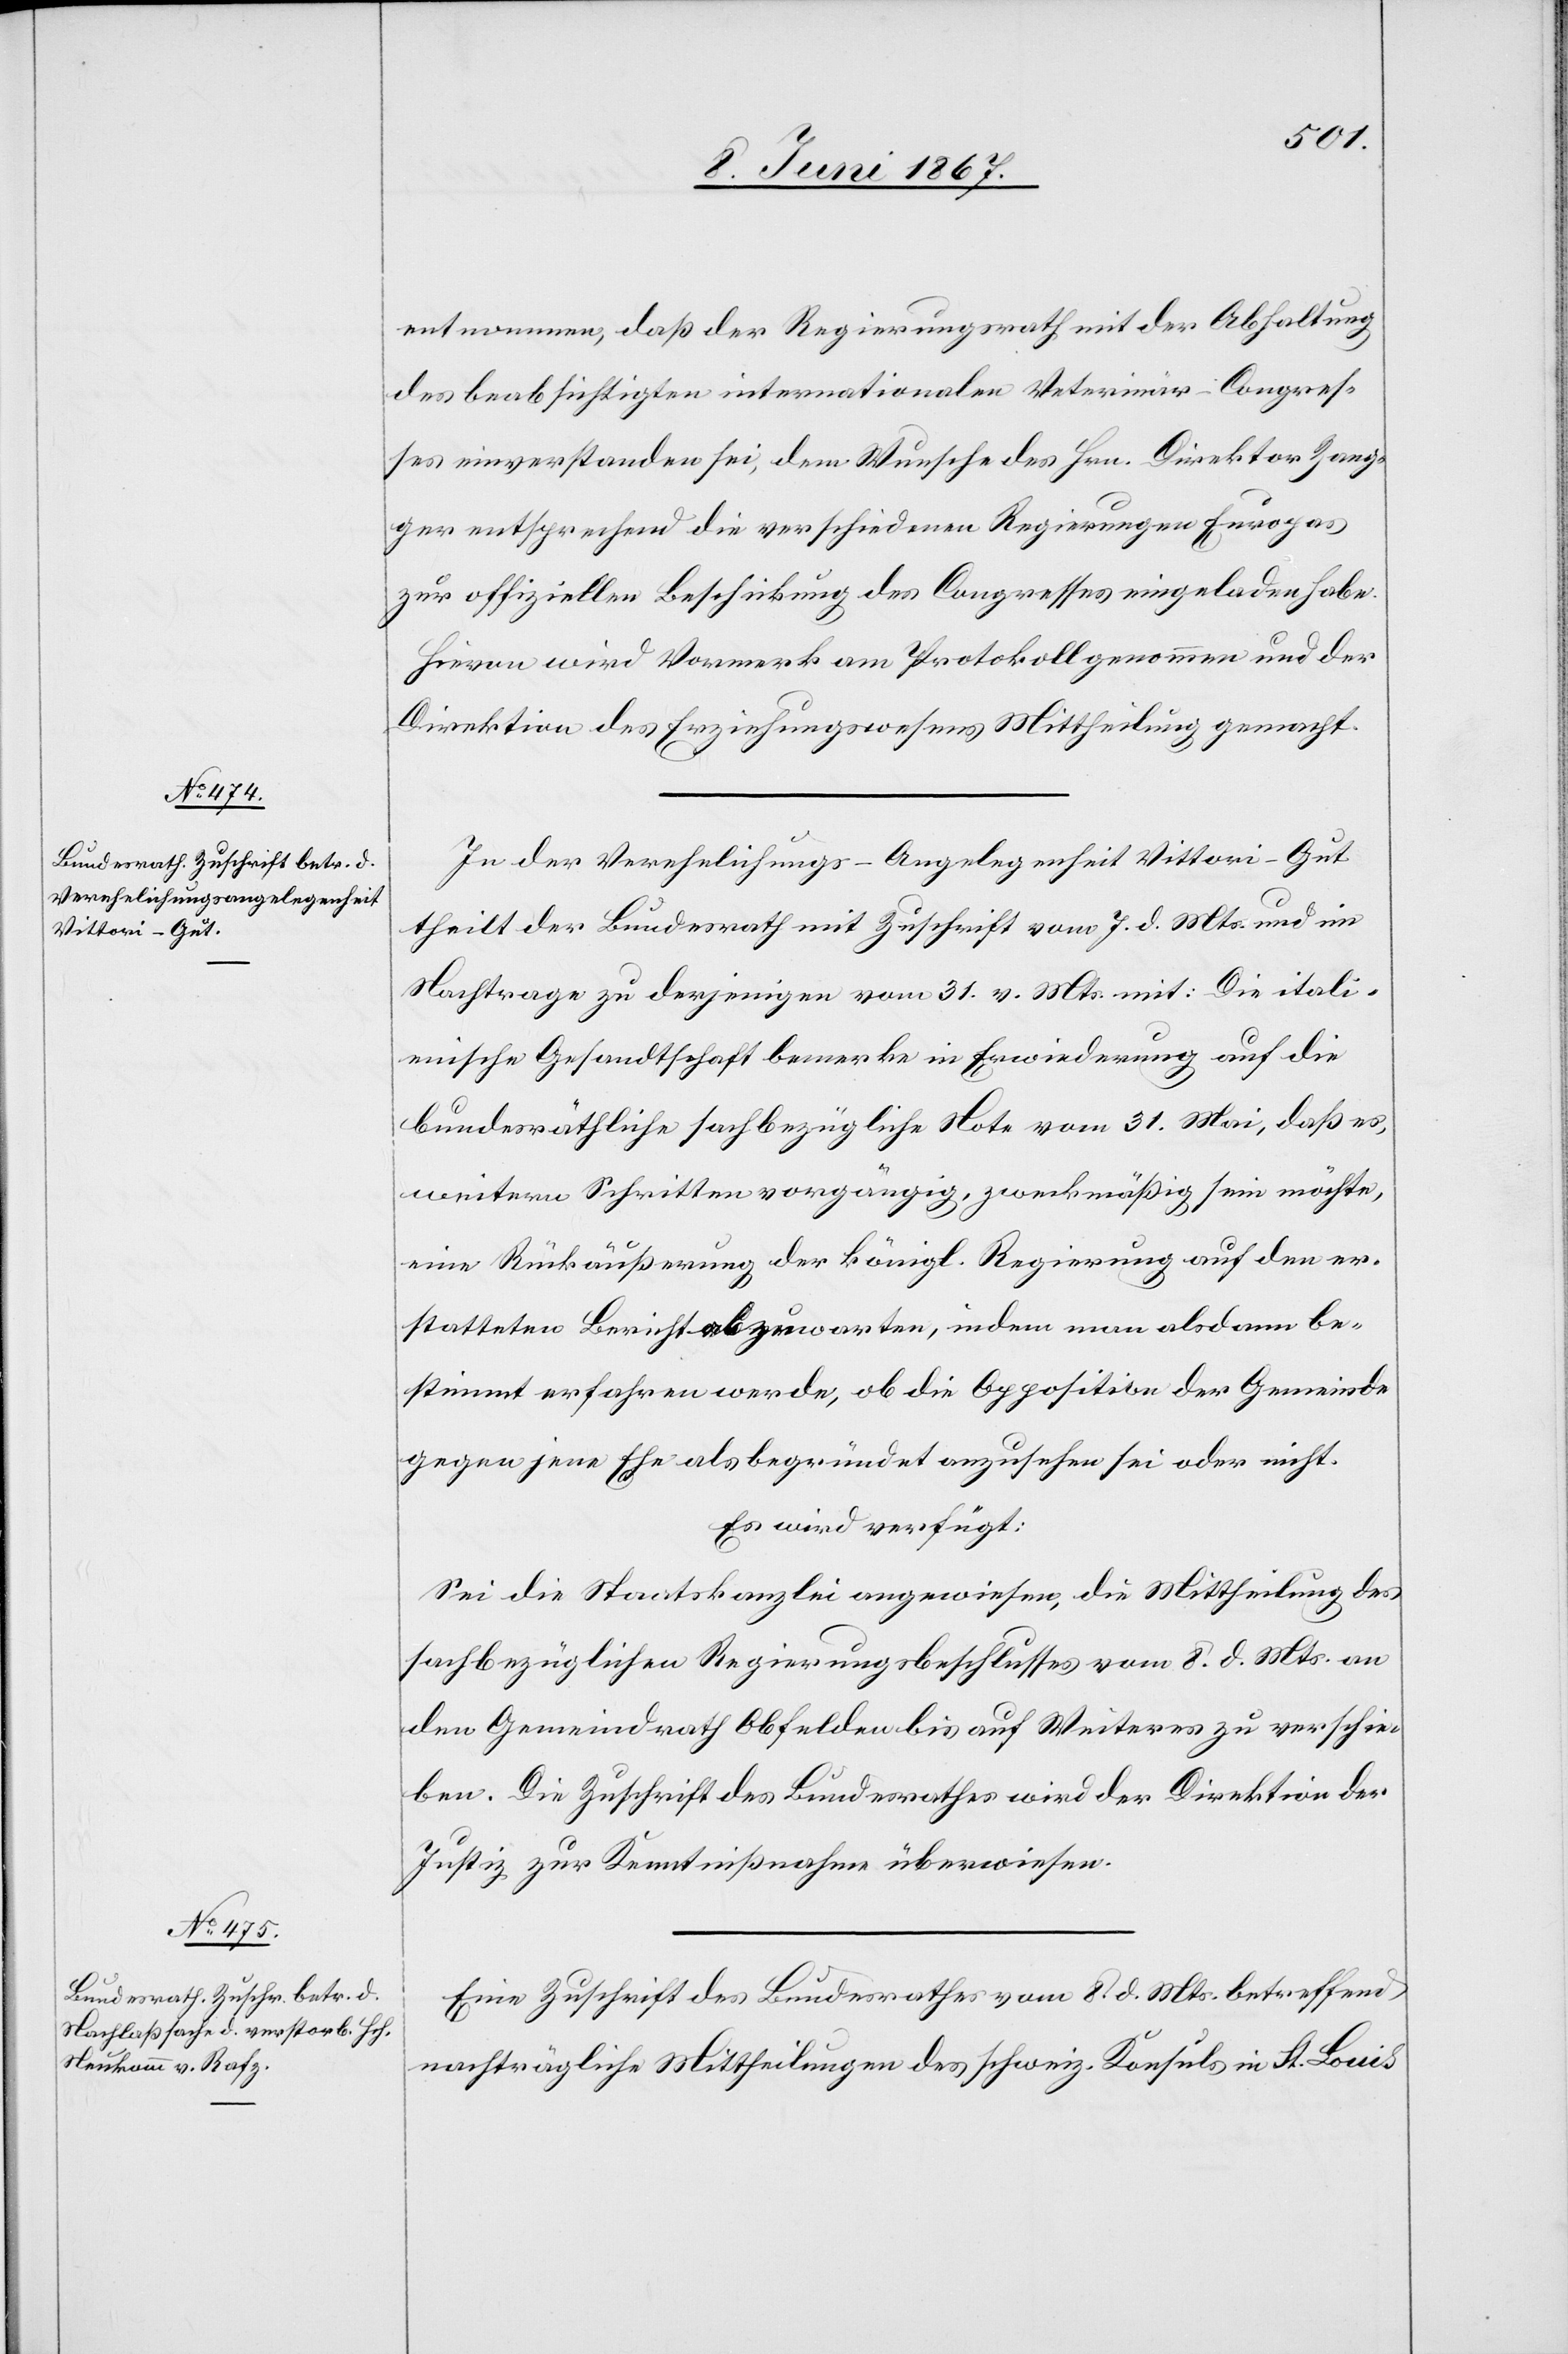
11. Juni 1867.]
entnommen, daß der Regierungsrath mit der Abhaltung
des beabsichtigten internationalen Veterinär-Congres¬
ses einverstanden sei, dem Wunsche des Hrn. Direktor Zang¬
ger entsprechend die verschiedenen Regierungen Europas
zur offiziellen Beschickung des Congresses eingeladen habe.
Hievon wird Vormerk am Protokoll genommen und der
Direktion des Erziehungsrathes Mittheilung gemacht.
In der Verehelichungs-Angelegenheit Vittori-Gut
theilt der Bundesrath mit Zuschrift vom 7. d. Mts. und im
Nachtrage zu derjenigen vom 31. v. Mts. mit: Die itali¬
enische Gesandtschaft bemerke in Erwiederung auf die
bundesräthliche sachbezügliche Note vom 31. Mai, daß es,
weitere Schritte vorgängig, zweckmäßig sein möchte,
eine Rückäußerung der königl. Regierung auf den er¬
statteten Bericht abzuwarten, indem man alsdann be¬
stimmt erfahren werde, ob die Opposition der Gemeinde
gegen jene Ehe als begründet anzusehen sei oder nicht.
Es wird verfügt:
Sei die Staatskanzlei angewiesen, die Mittheilung des
sachbezüglichen Regierungsbeschlusses vom 8. d. Mts. an
den Gemeindrath Obfelden bis auf Weiteres zu verschie¬
ben. Die Zuschrift des Bundesrathes wird der Direktion der
Justiz zur Kenntnißnahme überwiesen.
Eine Zuschrift des Bundesrathes vom 8. d. Mts. betreffend
nachträgliche Mittheilungen des schweiz. Konsuls in St. Louis